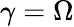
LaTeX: \gamma=\Omega